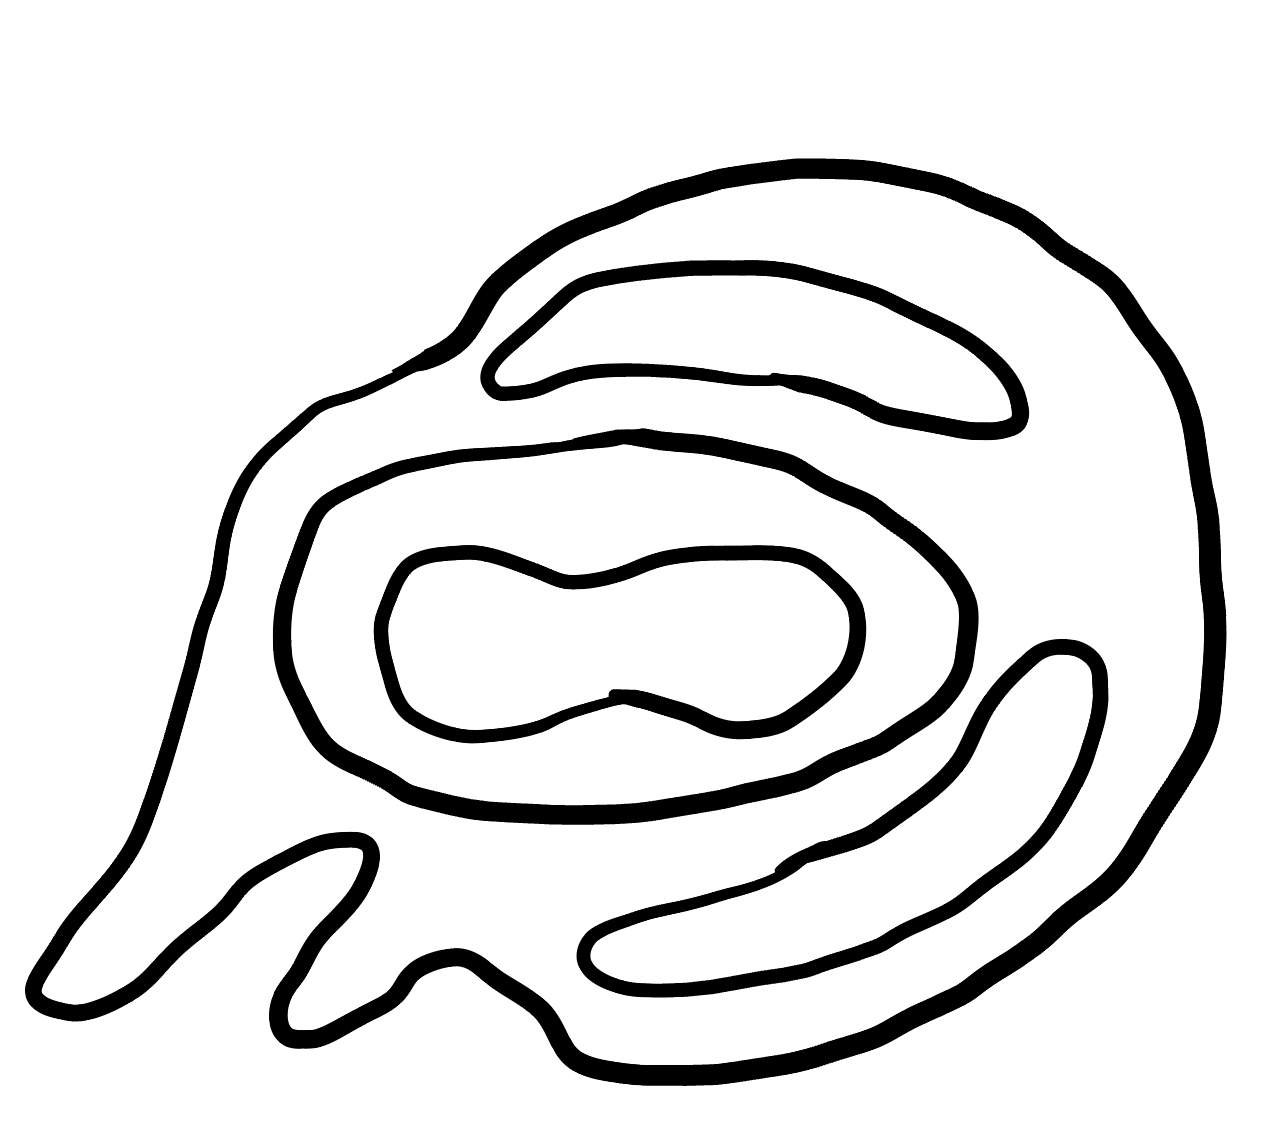
Number of regions (including the outer root region): 6
Containment tree edges (parent, child): 0, 1, 1, 2, 1, 3, 1, 5, 3, 4